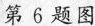
第6题图